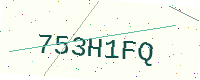
Text: 753H1FQ